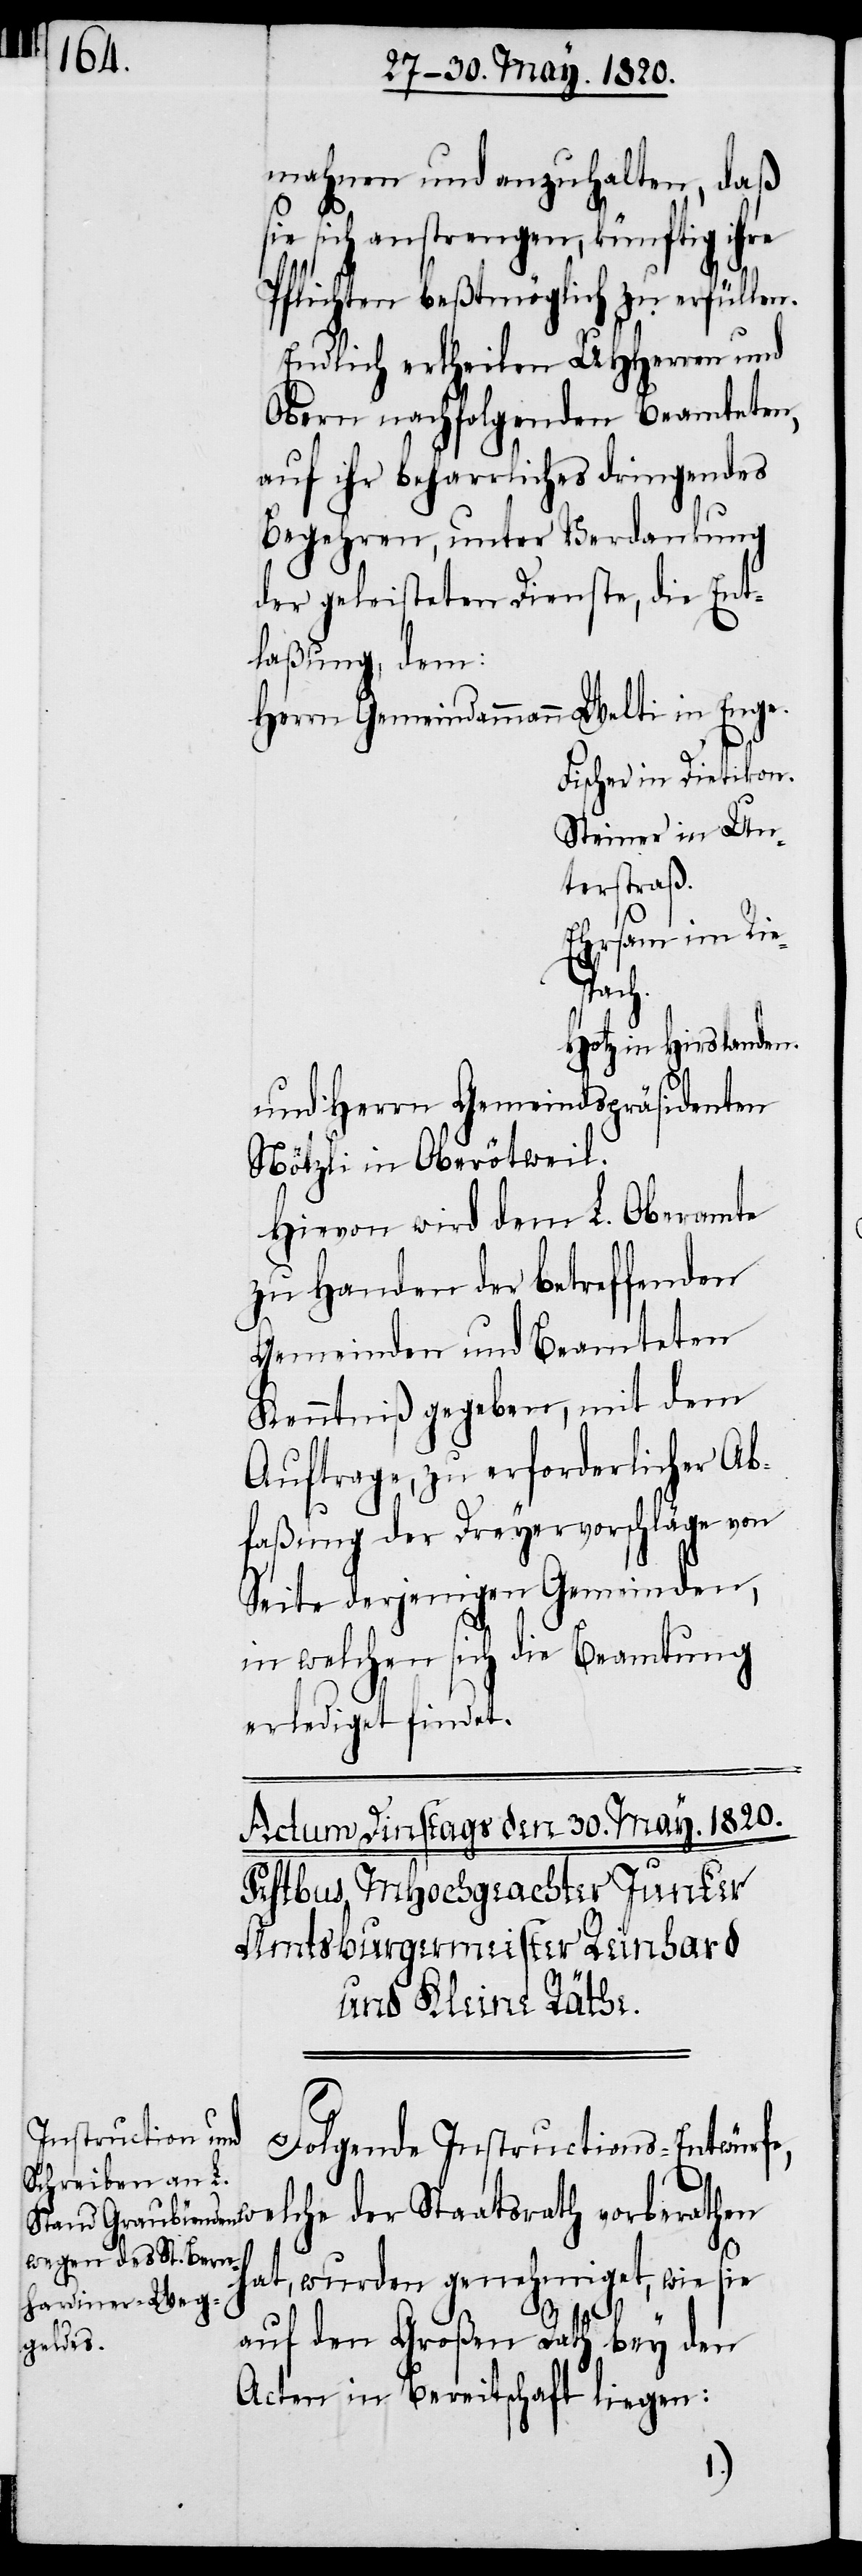
w¬

mahnen und anzuhalten, daß
ie sich anstrengen, künftig ihre
Pflichten beßtmöglich zu erfüllen.
Endlich ertheilen UHherren und
Obern nachfolgenden Beamteten,
auf ihr beharrliches dringendes
Begehren, unter Verdankung
der geleisteten Dienste, die Ent¬
laßung, dem:
Herrn Gemeindammann	Welti in Enge.
Fischer in Dietikon.
Steiner in Un¬
terstraß.
Ehrsam in Rie¬
spach.
Hotz in Hierslanden.
und Herrn Gemeindspräsidenten
Nötzli in Oberötweil.
Hievon wird dem L. Oberamte
zu Handen der betreffenden
Gemeinden und Beamteten
Kenntniß gegeben, mit dem
Auftrage, zu erforderlicher Ab¬
faßung der Dreyervorschläge von
Seite derjenigen Gemeinden,
in welchen sich die Beamtung
erlediget findet.
Folgende Instructions-Entwürfe,
elche der Staatsrath vorberathen
hat, wurden genehmiget, wie sie
s¬
auf den großen Rath bey den
Acten in Bereitschaft liegen: